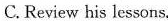
C. Review his lessons.